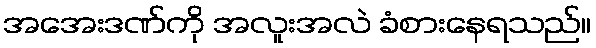
အအေးဒဏ်ကို အလူးအလဲ ခံစားနေရသည်။